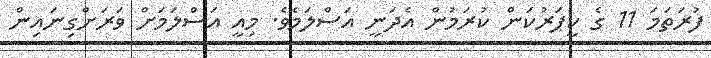
ފުރަތަމަ 11 ގެ ކީޕަރުކަން ކުރަމުން އެދަނީ އަސްލަމެވެ. މިއީ އަސްލަމަށް ވަރަށްގިނައިން